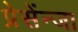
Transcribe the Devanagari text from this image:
प्रेसेंन्जा